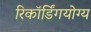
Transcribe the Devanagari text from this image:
रिकॉर्डिंगयोग्य